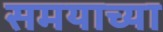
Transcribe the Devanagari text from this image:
समयाच्या